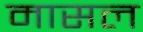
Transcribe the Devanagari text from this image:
मासल